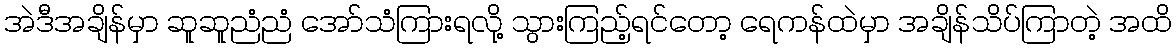
အဲဒီအချိန်မှာ ဆူဆူညံညံ အော်သံကြားရလို့ သွားကြည့်ရင်တော့ ရေကန်ထဲမှာ အချိန်သိပ်ကြာတဲ့ အထိ